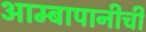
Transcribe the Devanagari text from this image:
आम्बापानीची